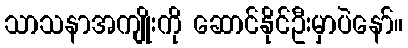
သာသနာအကျိုးကို ဆောင်နိုင်ဦးမှာပဲနော်။